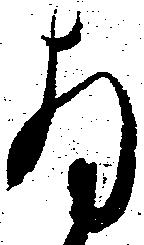
拝